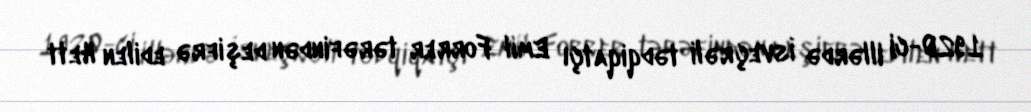
1920-ci illərdə İsveçrəli tədqiqatçı Emil Forrer tərəfindən deşifrə edilen Hett